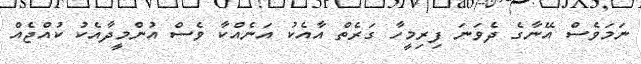
ނަމަވެސް އޭނާގެ ދެވަނަ ފިރިމީހާ ގަރެތް އާއެކު އަނެއްކާ ވެސް އުންމީދާއެކު ކުއްޖެއް